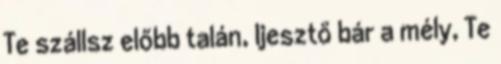
Te szállsz előbb talán, Ijesztő bár a mély, Te